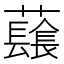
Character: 𧄂